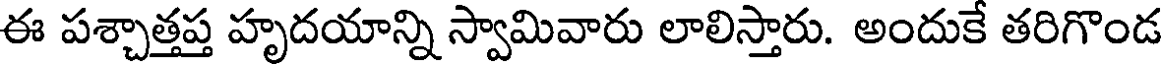
ఈ పశ్చాత్తప్త హృదయాన్ని స్వామివారు లాలిస్తారు. అందుకే తరిగొండ